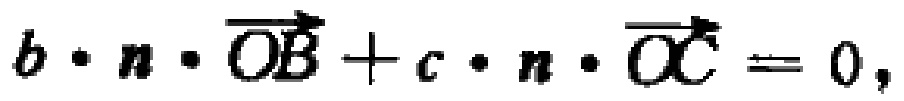
\(b\cdot n\cdot \overrightarrow{OB}+c\cdot n\cdot \overrightarrow{OC}=0,\)